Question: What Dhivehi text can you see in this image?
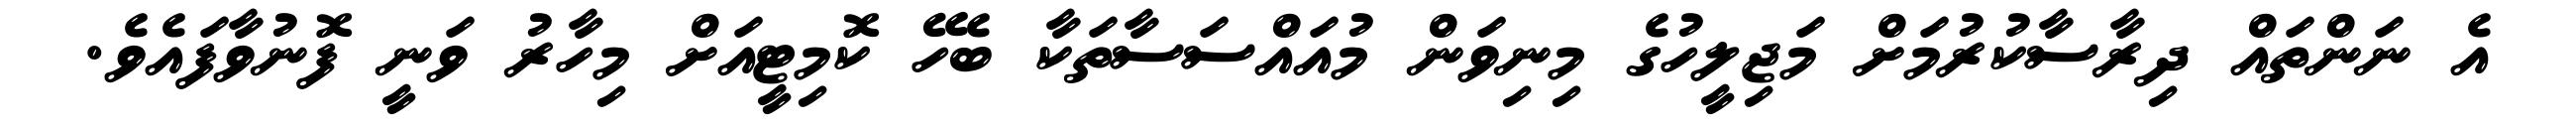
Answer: އެ ނަންތައް ދިރާސާކުރުމަށް މަޖިލީހުގެ މިނިވަން މުއައްސަސާތަކާ ބެހޭ ކޮމިޓީއަށް މިހާރު ވަނީ ފޮނުވާފައެވެ.